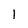
Character: l